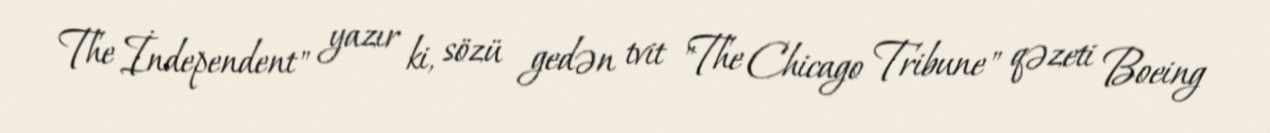
The İndependent" yazır ki, sözü gedən tvit "The Chicago Tribune" qəzeti Boeing